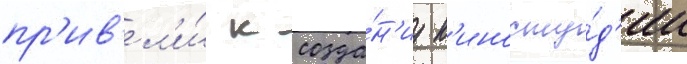
пр'ив'ел'и́ к созда́н'иу к'иносту́д'ии